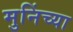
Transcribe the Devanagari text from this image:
मुनिंच्या